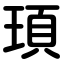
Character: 頊